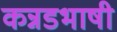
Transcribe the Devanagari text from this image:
कन्नडभाषी